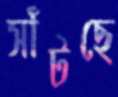
সাঁটছে